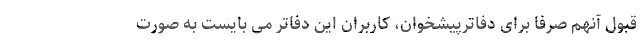
قبول آنهم صرفا برای دفاترپیشخوان، کاربران این دفاتر می بایست به صورت